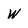
Character: W